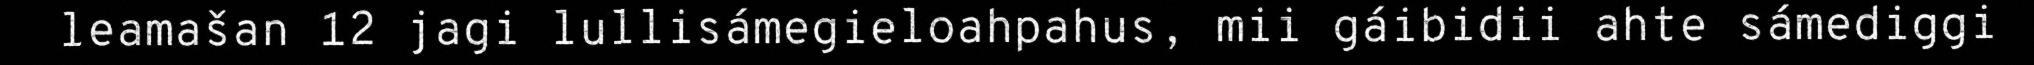
leamašan 12 jagi lullisámegieloahpahus, mii gáibidii ahte sámediggi